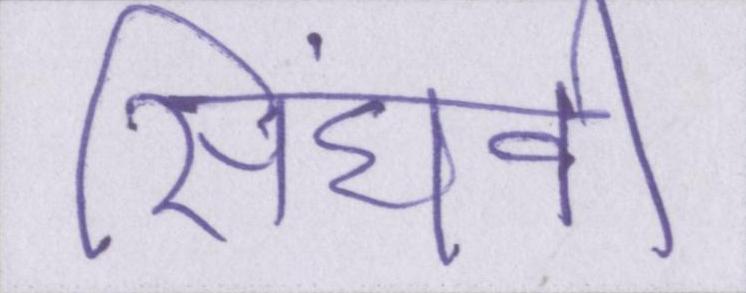
सिंघवी